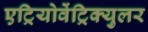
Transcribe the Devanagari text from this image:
एट्रियोवेंट्रिक्युलर